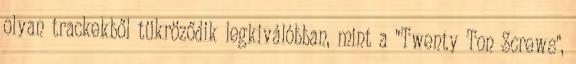
olyan trackekből tükröződik legkiválóbban, mint a "Twenty Ton Screws",